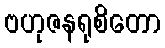
ဗဟုဇနရုစိတော